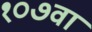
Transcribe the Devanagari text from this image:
१०७वा